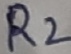
Text: R2